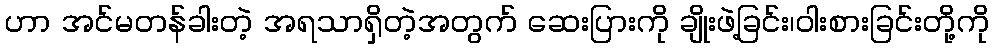
ဟာ အင်မတန်ခါးတဲ့ အရသာရှိတဲ့အတွက် ဆေးပြားကို ချိုးဖဲ့ခြင်း၊ဝါးစားခြင်းတို့ကို